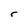
Character: r